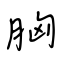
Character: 胸